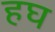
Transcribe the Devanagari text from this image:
हघ